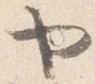
ヤ